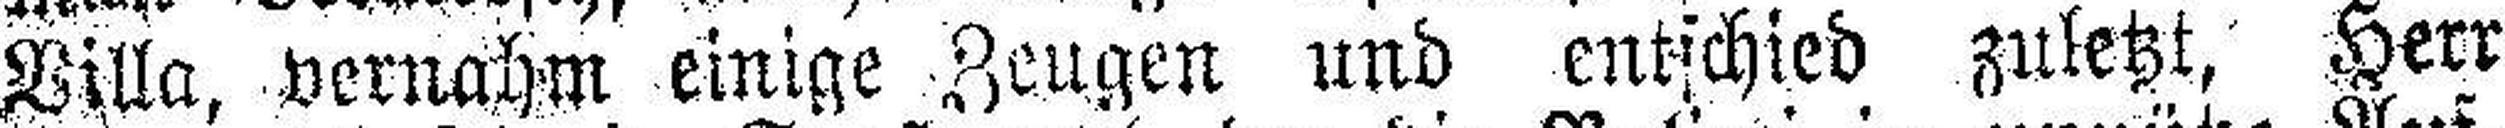
Villa, vernahm einige Zeugen und entschied zuletzt, Herr